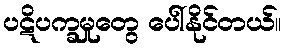
ပဋိပက္ခမှုတွေ ပေါ်နိုင်တယ်။